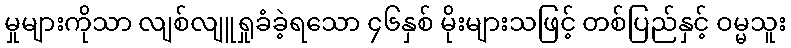
မှုများကိုသာ လျစ်လျူရှုခံခဲ့ရသော ၄၆နှစ် မိုးများသဖြင့် တစ်ပြည်နှင့် ဝမ္မသူး